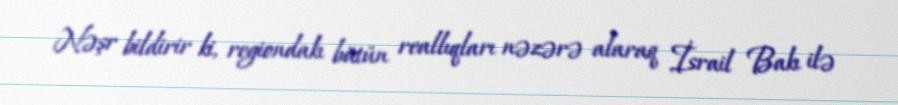
Nəşr bildirir ki, regiondakı bütün reallıqları nəzərə alaraq İsrail Bakı ilə